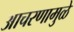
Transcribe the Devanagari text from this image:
आचरणामुळे